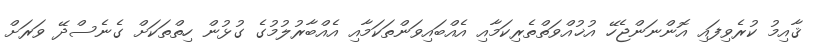
ޤާއިމު ކުރެވިފައި އޮންނަންޖެހޭ އުޚުއްވަތްތެރިކަމާއި އެއްބައިވަންތަކަމާއި އެއްބާރުލުމުގެ ގުޅުން ހިތްތަކަށް ގެނެސްދޭ ވަރަށް